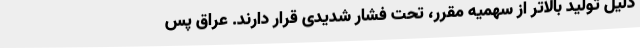
دلیل تولید بالاتر از سهمیه مقرر، تحت فشار شدیدی قرار دارند. عراق پس